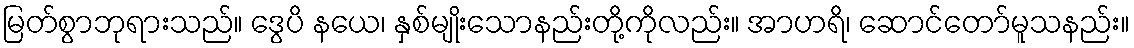
မြတ်စွာဘုရားသည်။ ဒွေပိ နယေ၊ နှစ်မျိုးသောနည်းတို့ကိုလည်း။ အာဟရိ၊ ဆောင်တော်မူသနည်း။